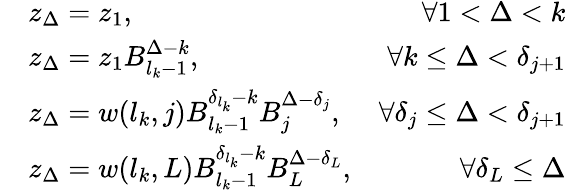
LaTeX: \begin{array}{rlr}&{z_{\Delta}=z_{1},}&{\forall 1<\Delta<k}\\ &{z_{\Delta}=z_{1}B_{{l_{k}}-1}^{\Delta-k},}&{\forall k\leq\Delta<\delta_{j+1}}\\ &{z_{\Delta}=w({l_{k}},j)B_{{l_{k}}-1}^{\delta_{l_{k}}-k}B_{j}^{\Delta-\delta_{j}},}&{\forall\delta_{j}\leq\Delta<\delta_{j+1}}\\ &{z_{\Delta}=w({l_{k}},L)B_{{l_{k}}-1}^{\delta_{l_{k}}-k}B_{L}^{\Delta-\delta_{L}},}&{\forall\delta_{L}\leq\Delta}\end{array}